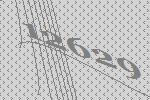
12629